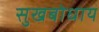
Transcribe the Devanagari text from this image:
सुखबोधाय